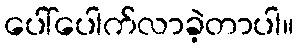
ပေါ်ပေါက်လာခဲ့တာပါ။